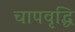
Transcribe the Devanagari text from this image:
चापवृद्धि